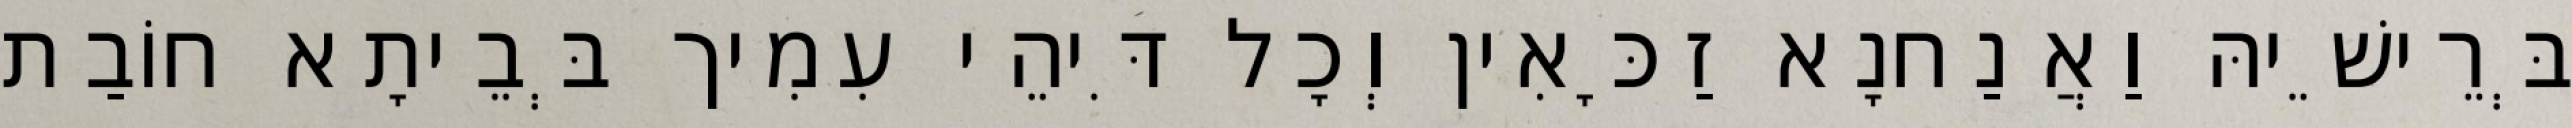
בְּרֵישֵׁיהּ וַאֲנַחנָא זַכָּאִין וְכָל דִּיהֵי עִמִיך בְּבֵיתָא חוֹבַת